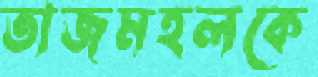
তাজমহলকে